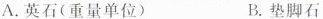
A.英石(重量单位) B.垫脚石